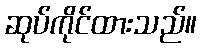
ဆုပ်ကိုင်ထားသည်။